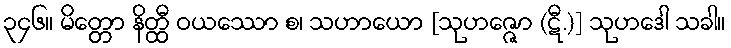
၃၄၆။ မိတ္တော နိတ္ထီ ဝယဿော စ၊ သဟာယော [သုဟဇ္ဇော (ဋီ.)] သုဟဒေါ သခါ။